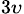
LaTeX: _{3\upsilon}